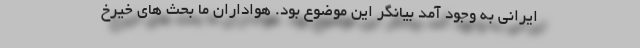
ایرانی به وجود آمد بیانگر این موضوع بود. هواداران ما بحث های خیرخ